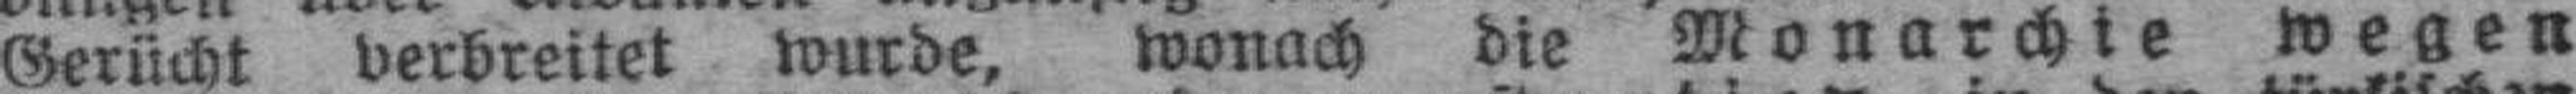
Gerücht verbreitet wurde, wonach die Monarchie wegen